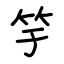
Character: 竽